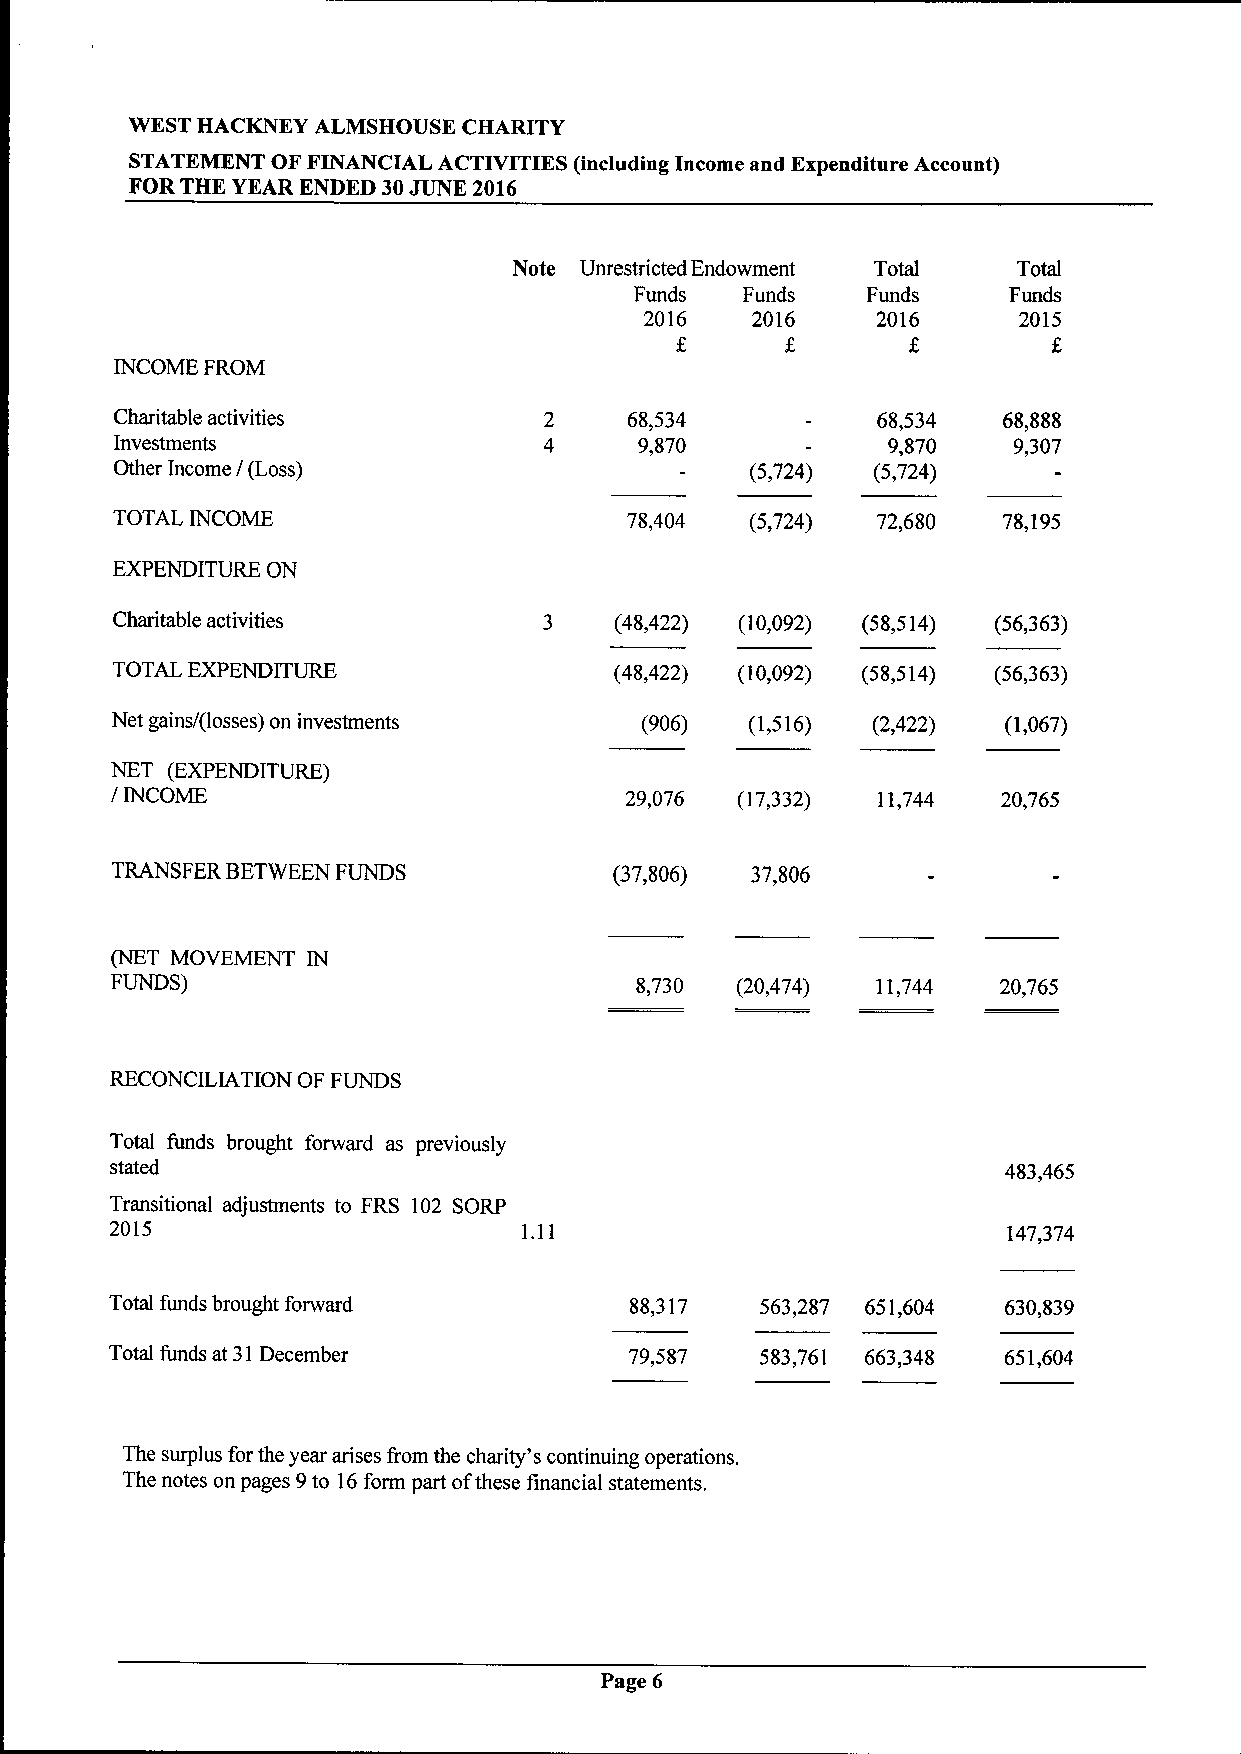
WEST HACKNEY ALMSHOUSE CHARITY
 STATEMENT OF FINANCIAL ACTIVITIES (including Income and Expenditure Account)
 FOR THE YEAR ENDED 30JUNE 2016
 Note Unrestricted Endowment Total Total
 Funds  Funds   Funds     Funds
 2016   2016    2016     2015
 INCOME FROM
 Charitable activities             68,534          68,534  68,888
 Investments                       9,870            9,870   9,307
 Other Income / (Loss)                     (5,724) (5,724)
 TOTAL INCOME                      78,404   (5,724) 72,680  78,195
 EXPENDITURE ON
 Charitable activities        3    (48,422) (10,092) (58,514) (56,363)
 TOTAL EXPENDITURE                 (48,422) (10,092) (58,514) (56,363)
 Net gains/(losses) on investments  (906)   (1,516) (2,422)  (1,067)
 NET (EXPENDITURE)
 / INCOME                          29,076  (17,332) 11,744  20,765
 TRANSFER BETWEEN FUNDS            (37,806) 37,806
 (NET MOVEMENT IN
 FUNDS)                             8,730  (20,474) 11,744  20,765
 RECONCILIATION OF FUNDS
 Total funds brought forward as previously
 stated                                                      483,465
 Transitional adjustments to FRS 102 SORP
 2015                        1.11                            147,374
 Total funds brought forward        88,317  563,287 651,604 630,839
 Total funds at 31December          79,587  583,761 663,348 651,604
 The surplus forthe year arises from the charity's continuing operations.
 The notes on pages 9to 16form part ofthese financial statements.
 Page 6